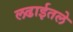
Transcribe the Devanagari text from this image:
लढाईतले